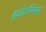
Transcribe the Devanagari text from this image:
इकोनमिस्ट